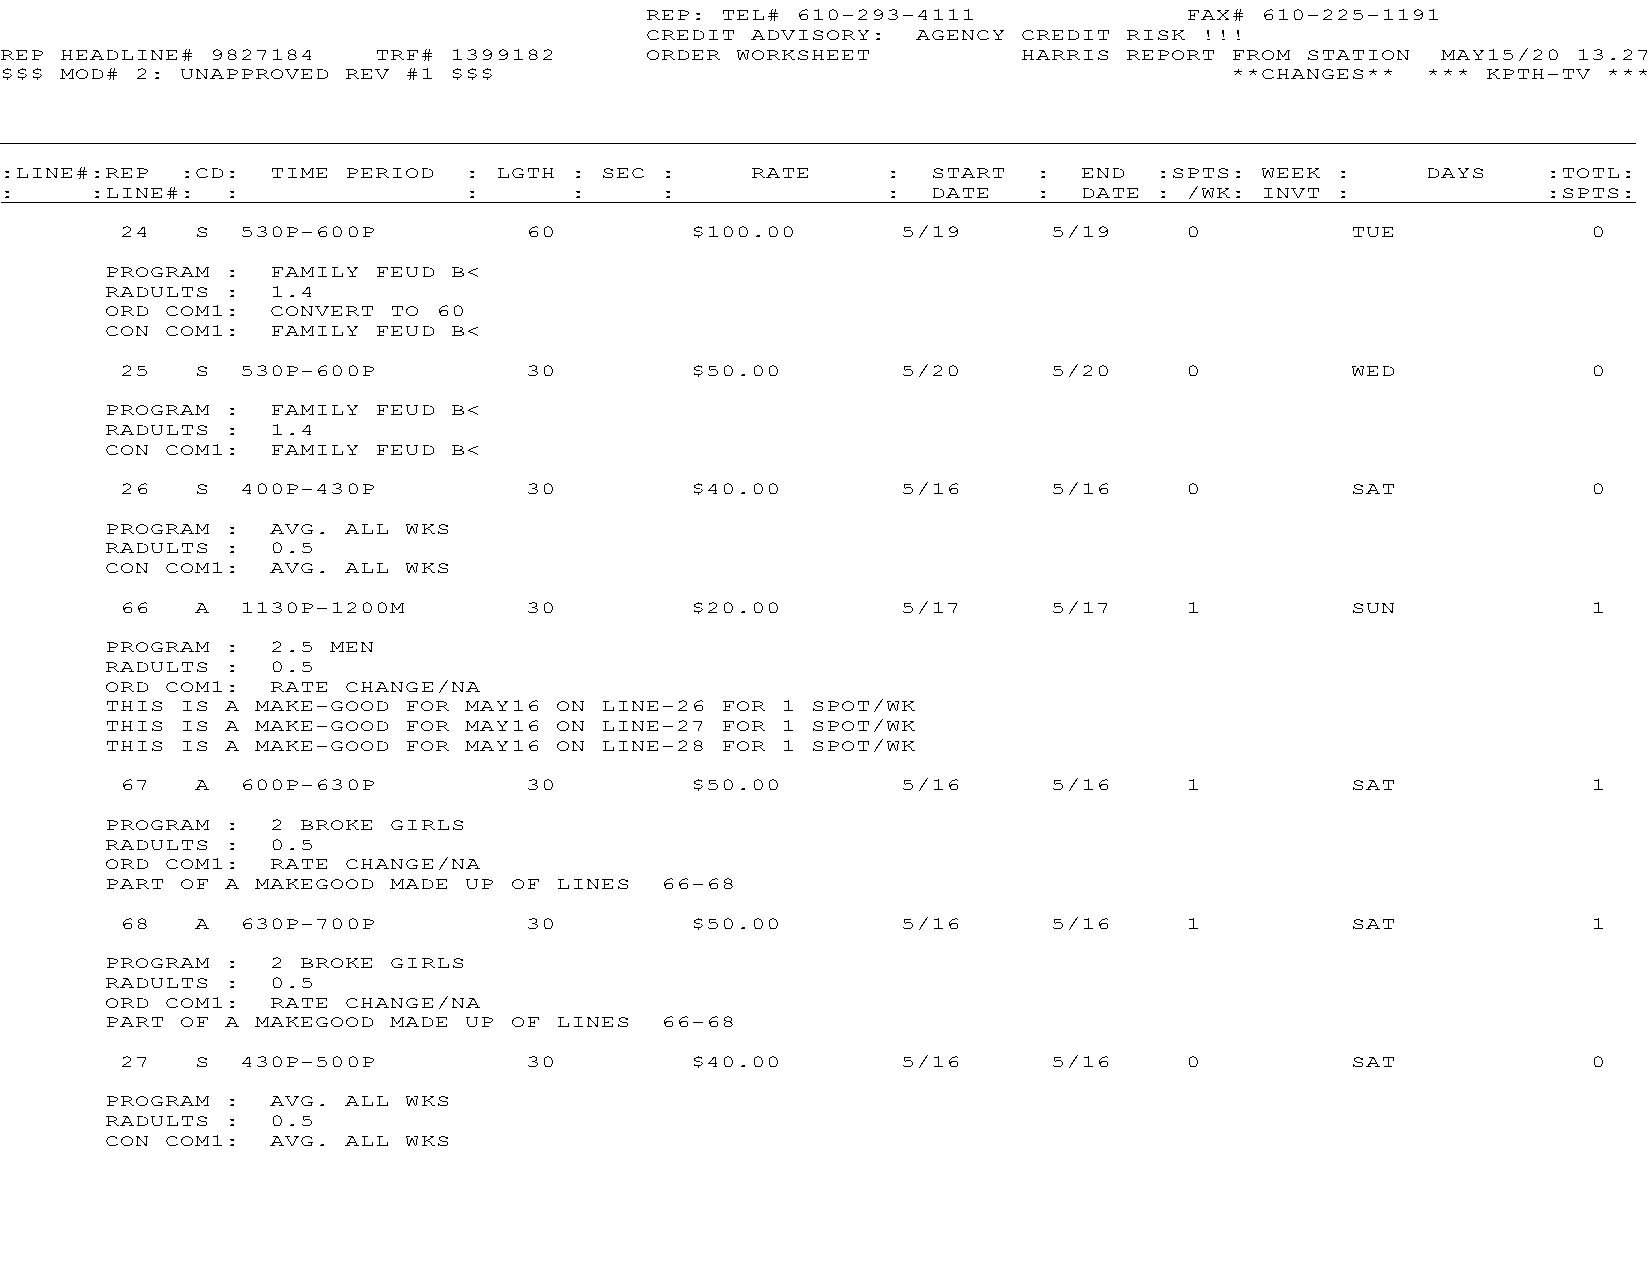
REP: TEL# 610-293-4111             FAX# 610-225-1191
 CREDIT ADVISORY:  AGENCY CREDIT RISK !!!
 REP HEADLINE# 9827184    TRF# 1399182      ORDER WORKSHEET          HARRIS REPORT FROM STATION MAY15/20 13.27
 $$$ MOD# 2: UNAPPROVED REV #1 $$$                                                **CHANGES**  *** KPTH-TV ***
 :LINE#:REP  :CD:  TIME PERIOD  : LGTH : SEC :     RATE     :  START  :  END :SPTS: WEEK :     DAYS    :TOTL:
 :     :LINE#:  :               :      :     :              :  DATE   :  DATE : /WK: INVT :            :SPTS:
 24   S  530P-600P          60         $100.00       5/19      5/19    0          TUE             0
 PROGRAM :  FAMILY FEUD B<
 RADULTS :  1.4
 ORD COM1:  CONVERT TO 60
 CON COM1:  FAMILY FEUD B<
 25   S  530P-600P          30         $50.00        5/20      5/20    0          WED             0
 PROGRAM :  FAMILY FEUD B<
 RADULTS :  1.4
 CON COM1:  FAMILY FEUD B<
 26   S  400P-430P          30         $40.00        5/16      5/16    0          SAT             0
 PROGRAM :  AVG. ALL WKS
 RADULTS :  0.5
 CON COM1:  AVG. ALL WKS
 66   A  1130P-1200M        30         $20.00        5/17      5/17    1          SUN             1
 PROGRAM :  2.5 MEN
 RADULTS :  0.5
 ORD COM1:  RATE CHANGE/NA
 THIS IS A MAKE-GOOD FOR MAY16 ON LINE-26 FOR 1 SPOT/WK
 THIS IS A MAKE-GOOD FOR MAY16 ON LINE-27 FOR 1 SPOT/WK
 THIS IS A MAKE-GOOD FOR MAY16 ON LINE-28 FOR 1 SPOT/WK
 67   A  600P-630P          30         $50.00        5/16      5/16    1          SAT             1
 PROGRAM :  2 BROKE GIRLS
 RADULTS :  0.5
 ORD COM1:  RATE CHANGE/NA
 PART OF A MAKEGOOD MADE UP OF LINES  66-68
 68   A  630P-700P          30         $50.00        5/16      5/16    1          SAT             1
 PROGRAM :  2 BROKE GIRLS
 RADULTS :  0.5
 ORD COM1:  RATE CHANGE/NA
 PART OF A MAKEGOOD MADE UP OF LINES  66-68
 27   S  430P-500P          30         $40.00        5/16      5/16    0          SAT             0
 PROGRAM :  AVG. ALL WKS
 RADULTS :  0.5
 CON COM1:  AVG. ALL WKS